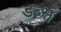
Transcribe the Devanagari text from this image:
डब्स